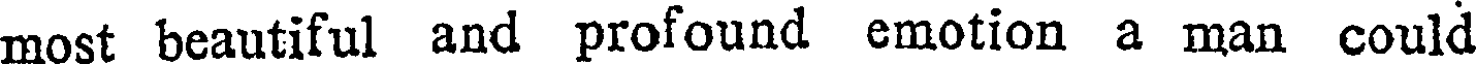
most beautiful and profound emotion a man could